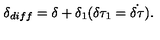
\delta _ { d i f f } = \delta + \delta _ { 1 } ( \delta \tau _ { 1 } = \dot { \delta \tau } ) .